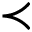
\prec